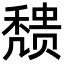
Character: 𬓼